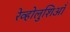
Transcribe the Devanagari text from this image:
रेव्होलुशिआँ